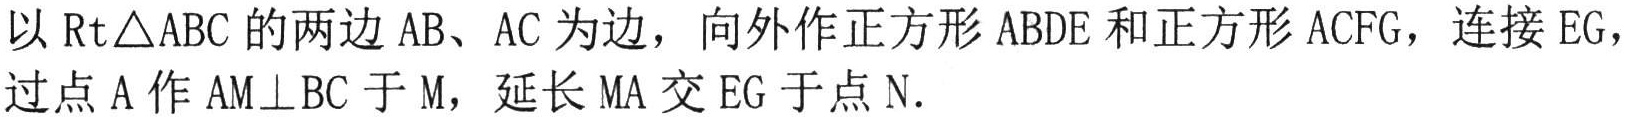
以\(\text{Rt}\triangle ABC\)的两边\(AB\)、\(AC\)为边，向外作正方形\(ABDE\)和正方形\(ACFG\)，连接\(EG\)，过点\(A\)作\(AM\perp BC\)于\(M\)，延长\(MA\)交\(EG\)于点\(N\).